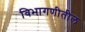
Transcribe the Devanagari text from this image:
विभागणीतील